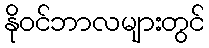
နိုဝင်ဘာလများတွင်